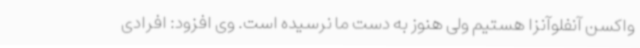
واکسن آنفلوآنزا هستیم ولی هنوز به دست ما نرسیده است. وی افزود: افرادی